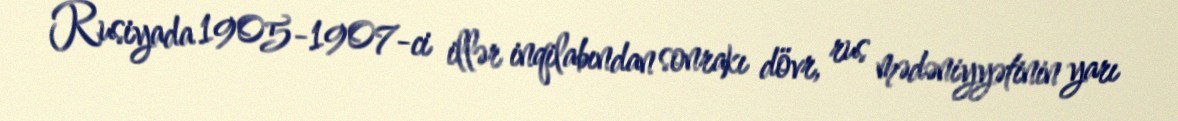
Rusiyada 1905-1907-ci illər inqilabından sonrakı dövr, rus mədəniyyətinin yarı